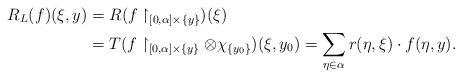
LaTeX: \begin{align*}R_L(f)(\xi,y)&= R(f\restriction_{[0,\alpha]\times \{y\}})(\xi)\\ &=T(f\restriction_{[0,\alpha] \times \{y\}}\otimes \chi_{\{y_0\}})(\xi,y_0)= \sum_{\eta \in \alpha} r(\eta,\xi)\cdot f(\eta,y).\end{align*}